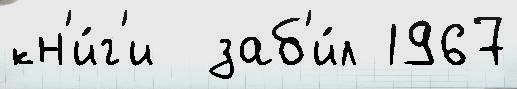
кн'и́г'и  заб'и́л 1967